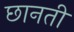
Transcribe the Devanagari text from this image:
छानती